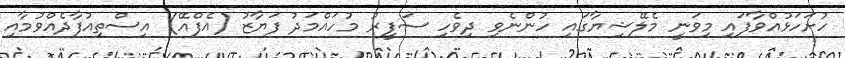
ހުށަހަޅުއްވާފައި މިވަނީ މެލޭޝިޔާގައި ހުންނެވި ދިވެހި ސަފީރު މުހައްމަދު ފަޔާޒު (އެފްއޭ) އިސްތިއުފާދެއްވުމާއި